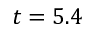
t = 5 . 4